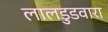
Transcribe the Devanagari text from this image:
लालडुडवारा